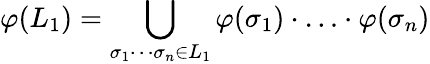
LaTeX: \varphi(L_{1})=\bigcup_{\sigma_{1}\cdots\sigma_{n}\in L_{1}}\varphi(\sigma_{1})\cdot\ldots\cdot\varphi(\sigma_{n})